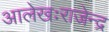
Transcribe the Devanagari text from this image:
आलेखःराजेन्द्र